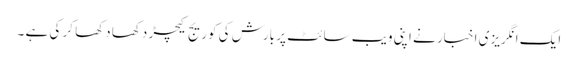
ایک انگریزی اخبار نے اپنی ویب سائٹ پر بارش کی کوریج کیچڑ دکھا دکھا کر کی ہے ۔